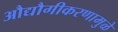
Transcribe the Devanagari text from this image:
औद्यौगीकरणामुळे